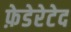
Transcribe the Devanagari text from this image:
फ़ेडेरेटेद